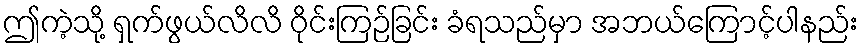
ဤကဲ့သို့ ရှက်ဖွယ်လိလိ ဝိုင်းကြဉ်ခြင်း ခံရသည်မှာ အဘယ်ကြောင့်ပါနည်း